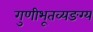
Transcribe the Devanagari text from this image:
गुणीभूतव्यङग्य